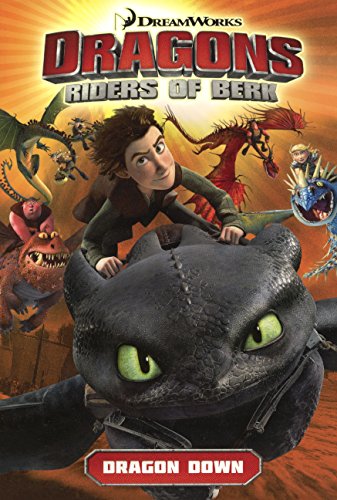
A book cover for Dragon Down (Turtleback School & Library Binding Edition) (Dragons: Riders of Berk); Simon Furman; Comics & Graphic Novels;